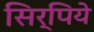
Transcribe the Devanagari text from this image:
सिर्पिये